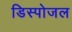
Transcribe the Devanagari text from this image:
डिस्पोजल